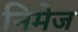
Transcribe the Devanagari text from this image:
निमेज